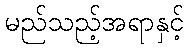
မည်သည့်အရာနှင့်